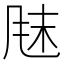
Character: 𫖼